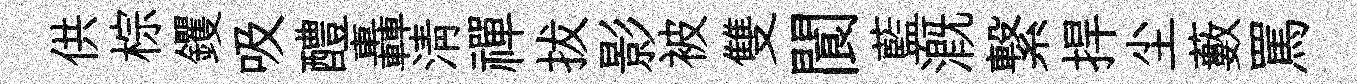
供棕钁吸醴轟清禪拔影被雙閬藍溉繋捍尘藪罵